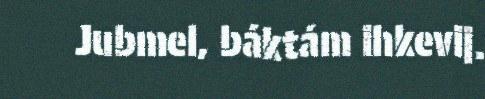
Jubmel, báktám ihkevij.